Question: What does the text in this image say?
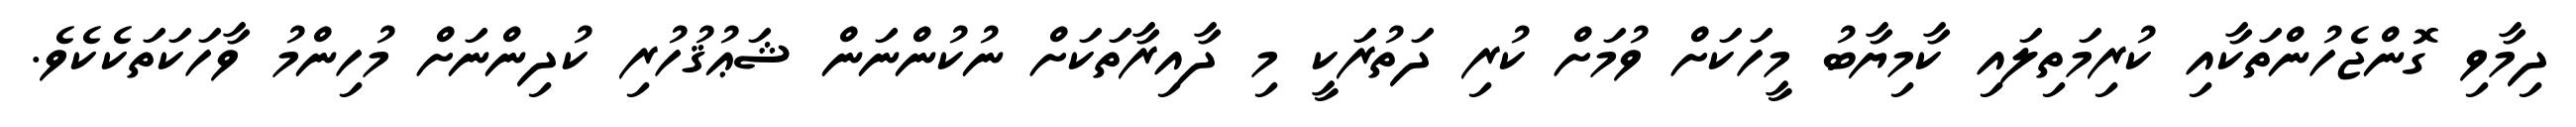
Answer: ދިމާވި ގޮންޖެހުންތަކާއި ކުރިމަތިލައި ކާމިޔާބު މީހަކަށް ވުމަށް ކުރި ދަތުރަކީ މި ދާއިރާތަކަށް ނުކުންނަން ޝަޢުޤުހުރި ކުދިންނަށް މުހިންމު ވާހަކަތަކެކެވެ.